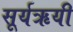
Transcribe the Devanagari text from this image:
सूर्यऋयी